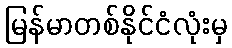
မြန်မာတစ်နိုင်ငံလုံးမှ